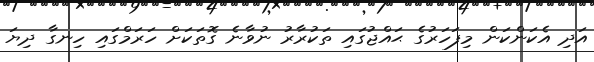
އަދި އެކަންކަން މިފަހަރުގެ ޙައްޖުގައި ތަކުރާރު ނުވާނެ ގޮތަކަށް ހަރަމްގައި ހިނގާ ދިޔަ